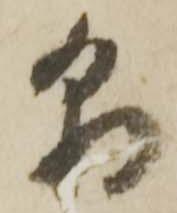
朝